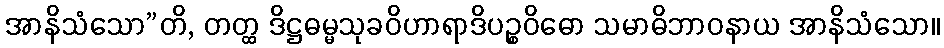
အာနိသံသော”တိ, တတ္ထ ဒိဋ္ဌဓမ္မသုခဝိဟာရာဒိပဉ္စဝိဓော သမာဓိဘာဝနာယ အာနိသံသော။